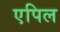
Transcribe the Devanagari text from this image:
एपिल